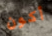
أكون